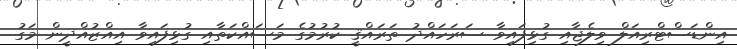
އިންޑަސްޓްރިއަލް ވިލެޖާއި ގުޅިފައިވާ ސަރަހައްދު ތަރައްޤީ ކުރުމުގެ މަސައްކަތާއި ގުޅިފައިވާ އިއްޒުއްދީން މަގު